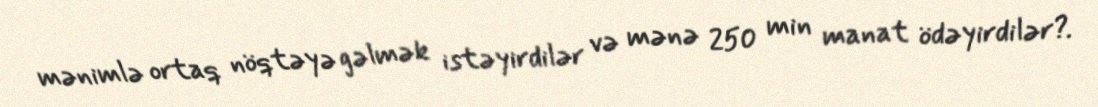
mənimlə ortaq nöqtəyə gəlmək istəyirdilər və mənə 250 min manat ödəyirdilər?.